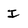
Character: I